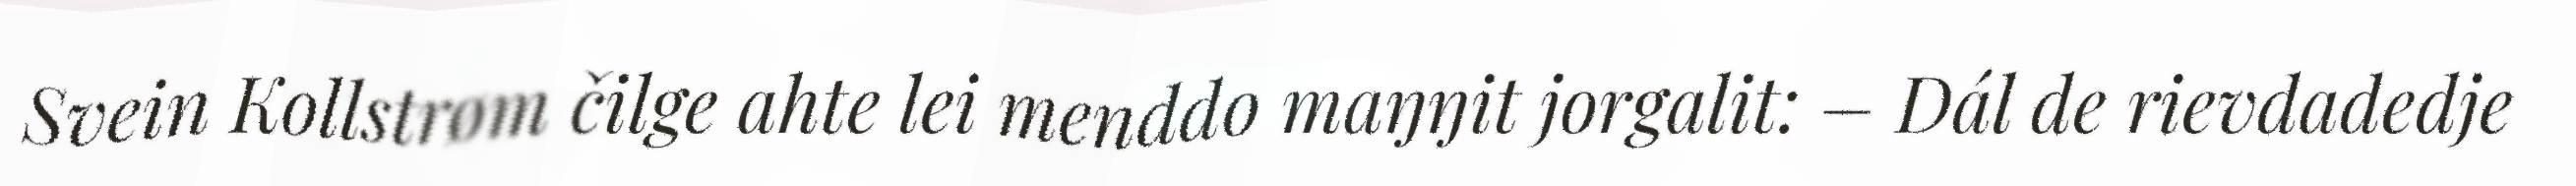
Svein Kollstrøm čilge ahte lei menddo maŋŋit jorgalit: – Dál de rievdadedje